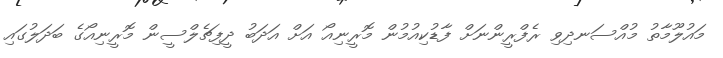
މައުލޫމާތު މުއްސަނދިވި ރެފްރީންނަށް ފާޑުކިއުމުން މޮރީނިއޯ އަށް އަދަބު ދީފިޗެލްސީން މޮރީނިއޯގެ ބަދަލުގައި